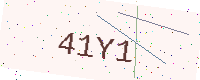
Text: 41Y1